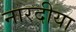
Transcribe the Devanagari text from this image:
नारदीया